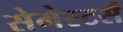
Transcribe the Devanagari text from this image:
सेमेस्टर्स